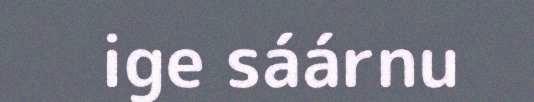
ige sáárnu